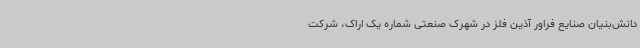
دانش‌بنیان صنایع فراور آذین فلز در شهرک صنعتی شماره یک اراک، شرکت